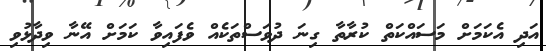
އަދި އެކަމަށް މަސައްކަތް ކުރާތާ ގިނަ ދުވަސްތަކެއް ވެފައިވާ ކަމަށް އޭނާ ވިދާޅުވި